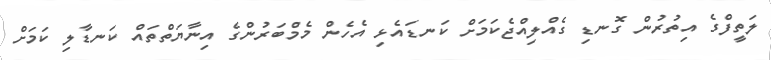
ލަތީފްގެ އިތުރުން ގޮނޑި ގެއްލިއްޖެކަމަށް ކަނޑައެޅި އެހެންް މެމްބަރުންގެ އިނާޔަތްތައް ކަނޑާލި ކަމަށް